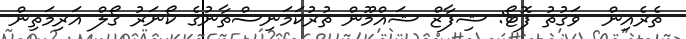
ތެރެއިން  ވަގުތު ފޮޓޯ: ޝިފާޒް ޝައްމޫން ތުރުކަމަނިސްތާނުގެ ކޯނަރު ގޯލް އަރިމަތިން